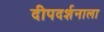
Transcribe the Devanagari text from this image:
दीपदर्शनाला